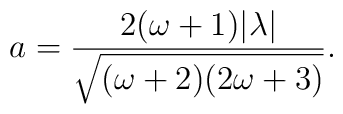
a = \frac{2(\omega+1) | \lambda|}{\sqrt{(\omega+2)(2\omega+3)}}.